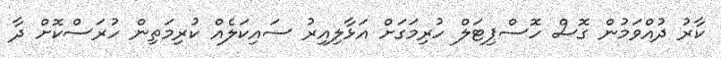
ކާރު ދުއްވަމުން ގޮސް ހޮސްޕިޓަލް ހުރިމަގަށް އަޅާލިއިރު ސައިކަލެއް ކުރިމަތިން ހުރަސްކޮށް ދާ